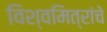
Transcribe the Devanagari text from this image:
विश्वमित्रांचे